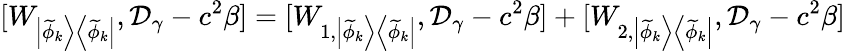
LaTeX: [W_{\left|\widetilde{\phi}_{k}\right>\left<\widetilde{\phi}_{k}\right|},\mathcal D_{\gamma}-c^{2}\beta]=[W_{1,\left|\widetilde{\phi}_{k}\right>\left<\widetilde{\phi}_{k}\right|},\mathcal D_{\gamma}-c^{2}\beta]+[W_{2,\left|\widetilde{\phi}_{k}\right>\left<\widetilde{\phi}_{k}\right|},\mathcal D_{\gamma}-c^{2}\beta]